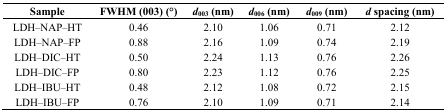
| Sample | FWHM (003) (°) | d003 (nm) | d006 (nm) | d009 (nm) | d spacing (nm) |
 | --- | --- | --- | --- | --- | --- |
 | LDH–NAP–HT | 0.46 | 2.10 | 1.06 | 0.71 | 2.12 |
 | LDH–NAP–FP | 0.88 | 2.16 | 1.09 | 0.74 | 2.19 |
 | LDH–DIC–HT | 0.50 | 2.24 | 1.13 | 0.76 | 2.26 |
 | LDH–DIC–FP | 0.80 | 2.23 | 1.12 | 0.76 | 2.25 |
 | LDH–IBU–HT | 0.48 | 2.12 | 1.08 | 0.72 | 2.15 |
 | LDH–IBU–FP | 0.76 | 2.10 | 1.09 | 0.71 | 2.14 |